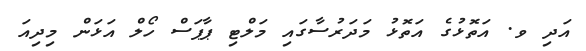
އަދި ވ. އަތޮޅުގެ އަތޮޅު މަދަރުސާގައި މަލްޓި ޕާޕަސް ހޯލް އަޅަން މިދިއަ